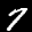
Label: 7